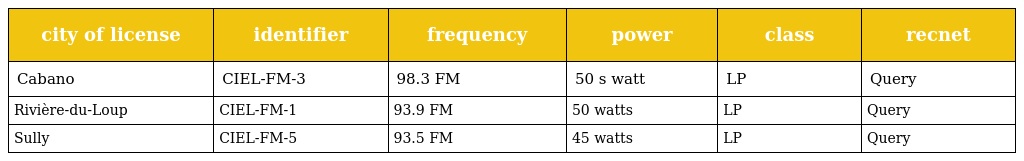
| city of license | identifier | frequency | power | class | recnet |
 | --- | --- | --- | --- | --- | --- |
 | Cabano | CIEL-FM-3 | 98.3 FM | 50 s watt | LP | Query |
 | Rivière-du-Loup | CIEL-FM-1 | 93.9 FM | 50 watts | LP | Query |
 | Sully | CIEL-FM-5 | 93.5 FM | 45 watts | LP | Query |